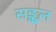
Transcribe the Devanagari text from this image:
सङ्कुल